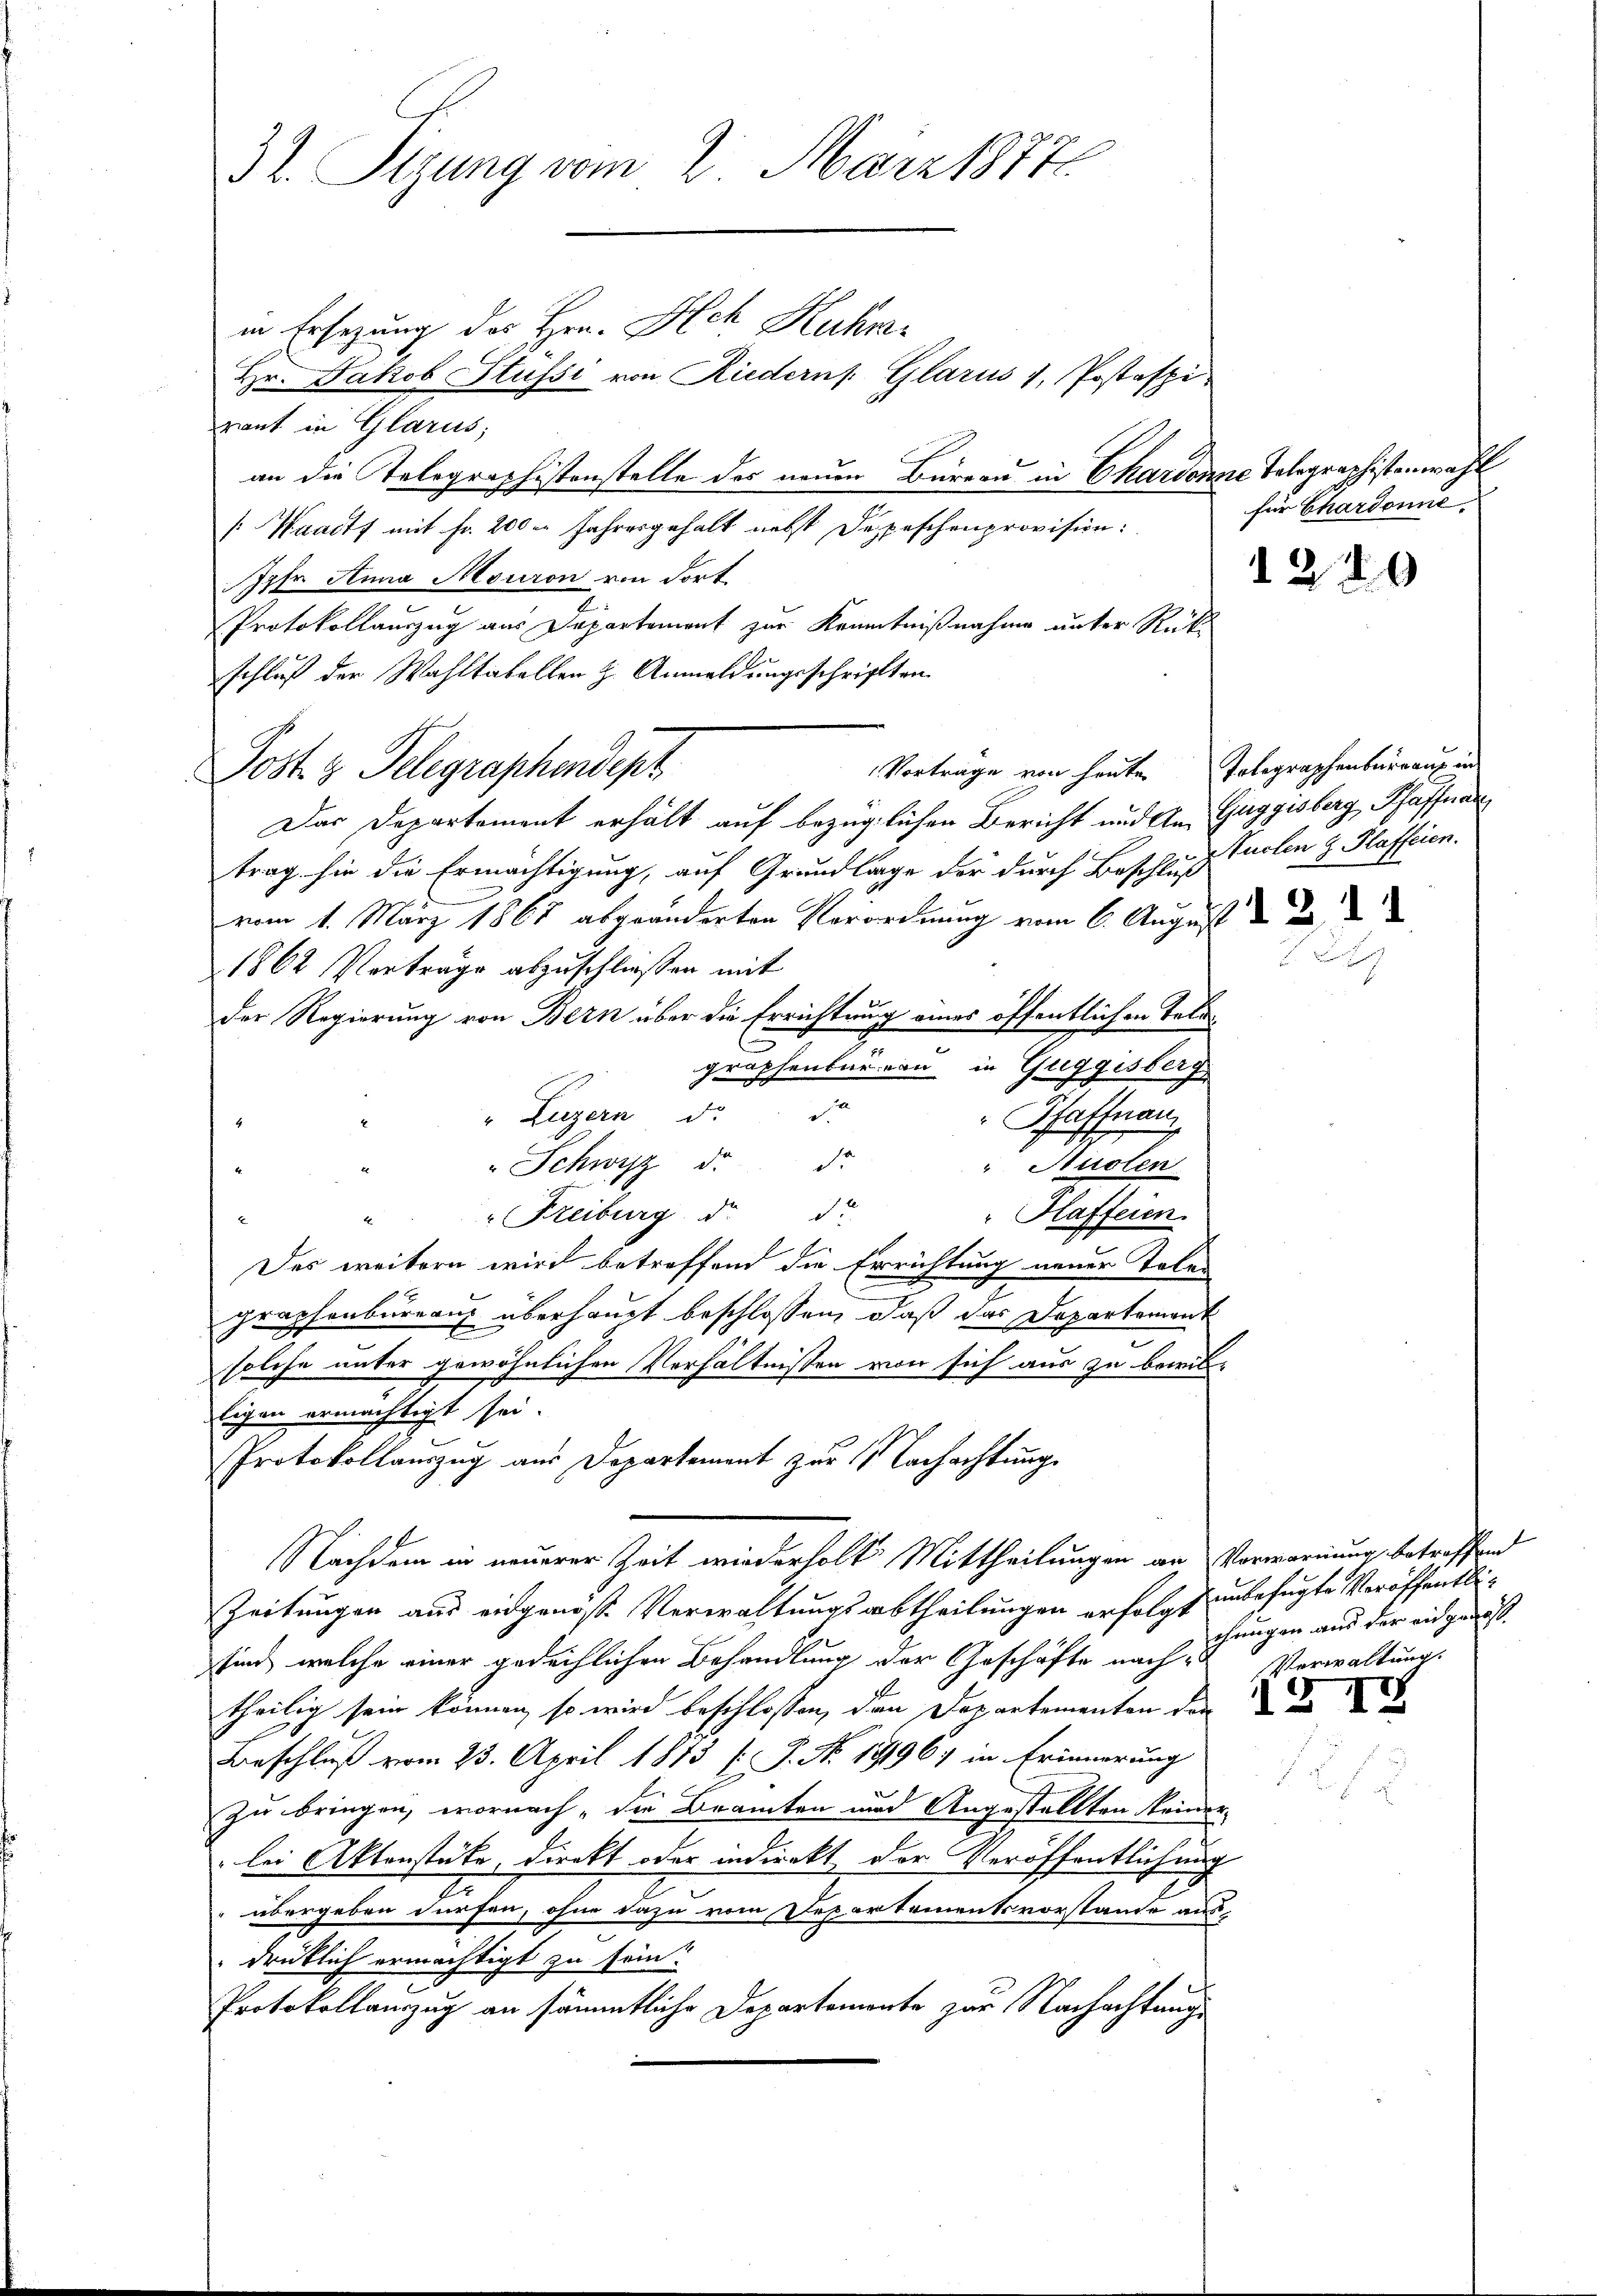
32. Stzung vom 2. März 1877

in Ersezung des Hrn. Ich Kuhr-
Hr. Jakob Stussi von Riedern Glarus 1, Postafpi
raut in Glarus;
an die Telegraphistenstelle des neuen Büreau in Chardonne Telegraphistenwahl
[Waadt mit fr. 200 Jahresgehalt nebst Depeschenprovision:
Iphr Anna Mouron von dort.
Protokollauszug aus Departement zur Kenntnißnahme unter Rück-
schluß der Wahltabellen z. Anmeldungsschriften.
Post 3 Telegraphendept
Das Departement erhält auf bezüglichen Bericht und An
trag sie die Ermächtigung, auf Grundlage der durch Beschluß Cuolen & Plaffeien.

vom 1. März 1867 abgeänderten Verordnung vom 6. August
1862 Vorträge abzuschließen mit
der Regierung von Bern über die Errichtung eines öffentlichen Tali
C
graphenbureau in Guggisberg
.
" Luzern d.
Pfaffnen
" Schwyz d. d.
" Sidlen
" Freiburg d. d.
"Haffeien.
4
E
Des weitern wird betreffend die Errichtung neuer Talen
graphenbureau überhaupt beschlossen, daß das Departement
solche unter gewöhnlichen Verhältnissen von sich aus zu bewilligen ermächtigt sei.
Protokollauszug aus Departement zur Nachachtung
Nachdem in neuerer Zeit wiederholt Mittheilungen an Vorwarnung, betreffend
Zeitungen aus eidgenöße Verwaltungsabtheilungen erfolgt unbefugte Veröffentlisind, welche einer gedeihlichen Behandlung der Geschäfte nach Verwaltung.
theilig sein können, so wird beschlossen, den Departementen der
Beschluß vom 23. April 1873 [P. Nr. 1796) in Erinnerung
zu bringen, wornach die Beamten und Angestellten keinerlei Aktenstäte, direkt oder indirekt der Veröffentlichung
I
übergeben dürfen, ohne dazu vom Departementsvorstande aus-
drücklich ermächtigt zu sein.
Protokollauszug an sämmtliche Departemente zur Nachachtung

Vortrage von heute Tolegraphenbureaux in

für Chardonne

1220

Zuggisberg, Schaffnen

Z 11

chungen aus der eingenoß

G I

.